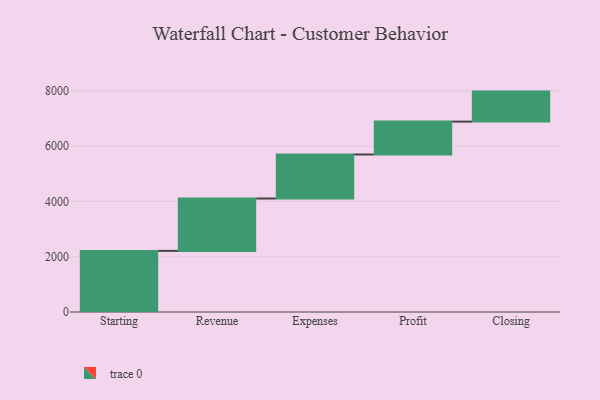
{"axis": {"x": "Step", "y": "Value"}, "legend": [""], "data": [{"x": "Starting", "y": 2210.0, "type": ""}, {"x": "Revenue", "y": 1893.0, "type": ""}, {"x": "Expenses", "y": 1592.0, "type": ""}, {"x": "Profit", "y": 1189.0, "type": ""}, {"x": "Closing", "y": 1085.0, "type": ""}]}